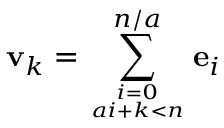
\mathbf { v } _ { k } = \sum _ { i = 0 \atop a i + k < n } ^ { n / a } \mathbf { e } _ { i }